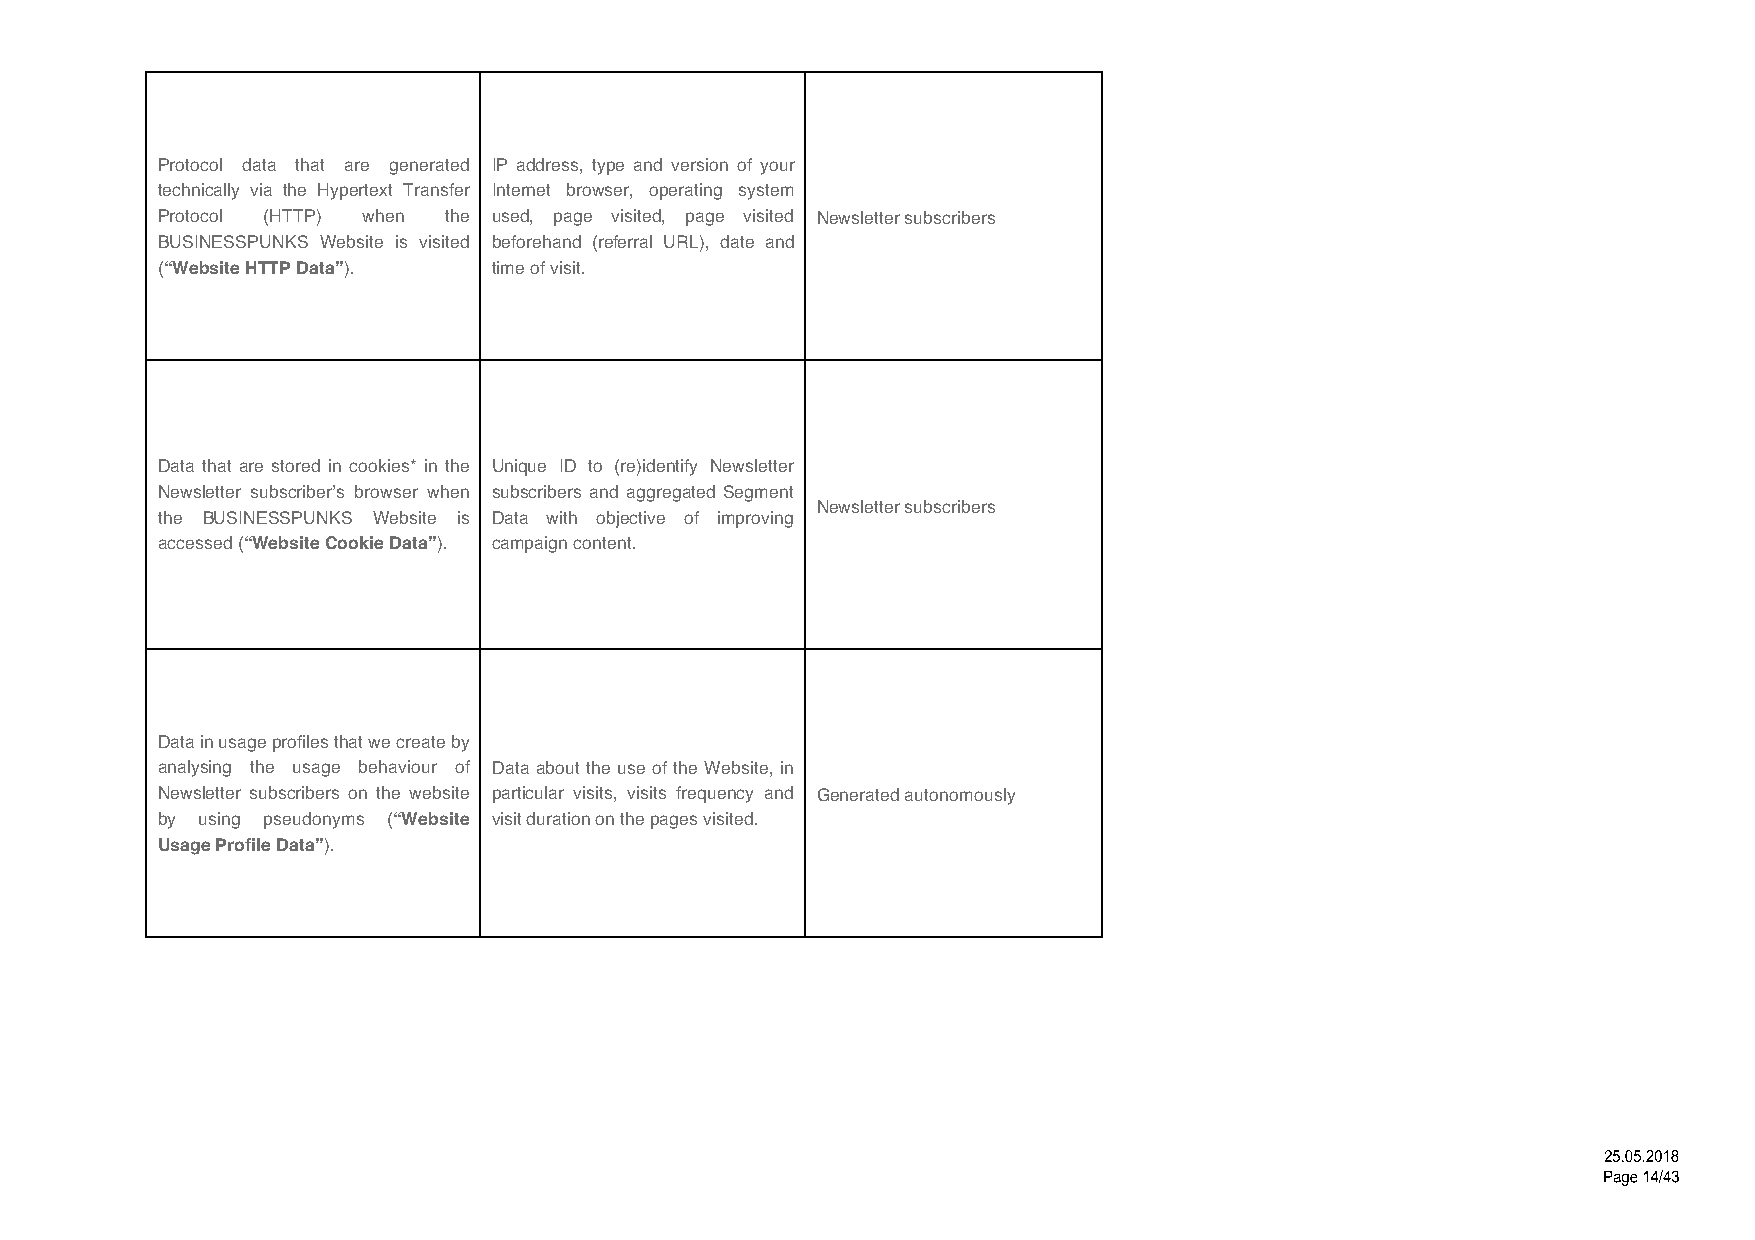
Protocol data that are generated IP address, type and version of your
 technically via the Hypertext Transfer Internet browser, operating system
 Protocol (HTTP) when the used, page visited, page visited Newsletter subscribers
 BUSINESSPUNKS Website is visited beforehand (referral URL), date and
 (“Website HTTP Data”). time of visit.
 Data that are stored in cookies* in the Unique ID to (re)identify Newsletter
 Newsletter subscriber’s browser when subscribers and aggregated Segment
 Newsletter subscribers
 the BUSINESSPUNKS Website is Data with objective of improving
 accessed (“Website Cookie Data”). campaign content.
 Data in usage profiles that we create by
 analysing the usage behaviour of Data about the use of the Website, in
 Newsletter subscribers on the website particular visits, visits frequency and Generated autonomously
 by using pseudonyms (“Website visit duration on the pages visited.
 Usage Profile Data”).